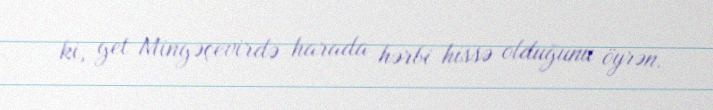
ki, get Mingəçevirdə harada hərbi hissə olduğunu öyrən.